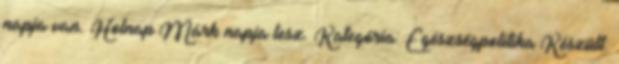
napja van. Holnap Márk napja lesz. Kategória: Egészségpolitika Készült: